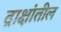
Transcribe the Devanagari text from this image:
द्राक्षांतील